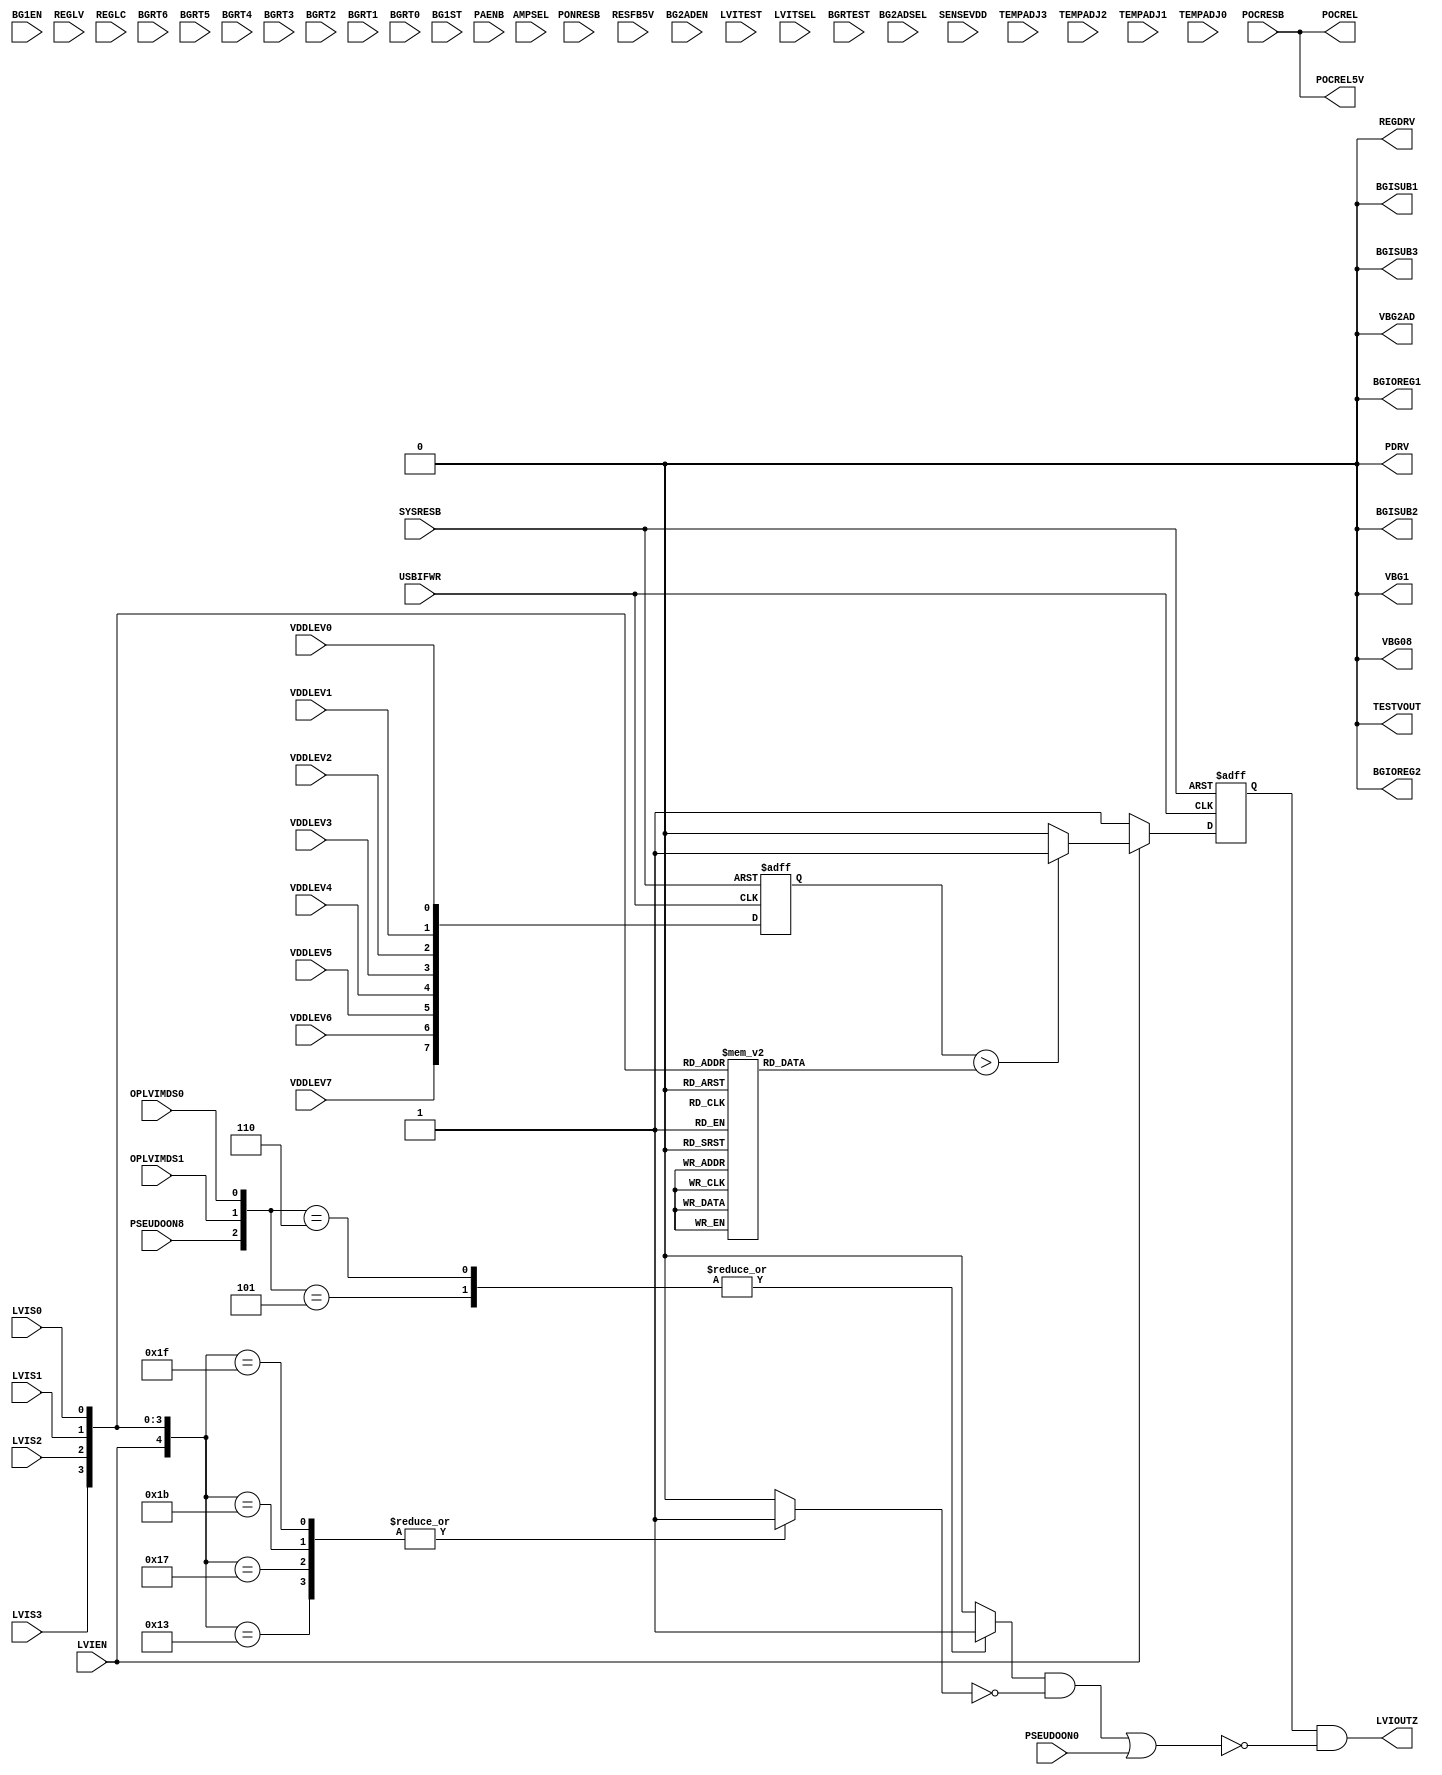
/************************************************************************/
/* Date		: 2010/02/03						*/
/* Version	: 1.0							*/
/* Designer	: Yuuji Ishiguro					*/
/* Note		: SS3rdpLVIH[LVI				*/
/************************************************************************/
/* updata								*/
/* Date		: 2010/02/10						*/
/* Version	: 1.1							*/
/* Note		: LVIo					*/
/* Designer	: Yuuji Ishiguro					*/
/************************************************************************/
/* Date		: 2010/04/16						*/
/* Version	: 1.2							*/
/* Designer	: T.Tsunoda						*/
/* Note		: EMacroXB(LVIDSS3RD -> QAHREGOHNMAINV1_ICE)	*/
/*		: E[qB(uMacro[qI	*/
/*		:   AuAMacrog[q	*/
/*		:   SB(Open or [q)			*/
/*		: ELVIoNoiseF/Fi}			*/
/*		: EPOC(ice.resetctl{Macrothrough)	*/
/************************************************************************/
/* Date		: 2010/06/23						*/
/* Version	: 2.3							*/
/* Designer	: Y.Ishiguro						*/
/* Note		: E[LVIdlXB(INT & RESET MODE)		*/
/*		: E[h					*/
/* 		: EMacroXB(QAHREGOHNMAINV1_ICE ->		*/
/*		:				QAHREGOHNMAINV1_ICE)	*/
/************************************************************************/
/* Date		: 2010/07/14						*/
/* Version	: 2.4							*/
/* Designer	: Y.Ishiguro						*/
/* Note		: E[qB(TEMPADJ3-0,AMPSEL,BGRTEST,TESTVOUT)	*/
/*		:   [qSTrimmingeXgp			*/
/************************************************************************/
/* Date		: 2010/07/27						*/
/* Version	: 2.5							*/
/* Designer	: Y.Ishiguro						*/
/* Note		: POCREL5V0POCRESBthroughXBport-iobuf	*/
/*		: RTBFG[qresetb Macro,resetbp	*/
/*		: POC ResetMPOCREL5VKvB		*/
/************************************************************************/
/* Date		: 2010/12/08						*/
/* Version	: 2.6							*/
/* Designer	: K.Hamada						*/
/* Note		: LVIodCT4{[h()B  */
/*              : 2.5CT3{[hTuningB                */
/************************************************************************/
// $Id$

module QAHREGOHNMAINV2_ICE (
	LVIS3, LVIS2, LVIS1, LVIS0, LVIEN, LVIOUTZ, POCREL,
	SYSRESB, POCRESB, VDDLEV7, VDDLEV6, VDDLEV5, VDDLEV4, VDDLEV3, VDDLEV2, VDDLEV1,
	VDDLEV0, USBIFWR, PSEUDOON0, PSEUDOON8, PONRESB, OPLVIMDS1, OPLVIMDS0,
	BG1EN, RESFB5V, REGLV, REGLC, BGRT6, BGRT5, BGRT4, BGRT3, BGRT2, BGRT1, BGRT0,
	BG1ST, BG2ADEN, BG2ADSEL, LVITEST, LVITSEL, PAENB, SENSEVDD,
	VBG1, VBG08, BGIOREG2, BGIOREG1, VBG2AD, BGISUB3, BGISUB2, BGISUB1,
	REGDRV, PDRV, POCREL5V, 
	TEMPADJ3, TEMPADJ2, TEMPADJ1, TEMPADJ0, AMPSEL, BGRTEST, TESTVOUT
	);

	input	LVIS3;		// LVIod				(from csc)
	input	LVIS2;		// LVIod				(from csc)
	input	LVIS1;		// LVIod				(from csc)
	input	LVIS0;		// LVIod				(from csc)
	input	LVIEN;		// LVIM				(from csc)
	output	LVIOUTZ;	// LVIo					(to nf)
	output	POCREL;		// POCo					(to nf)
	output	POCREL5V;	// POCo(5Vn)				(to resetb)
	/*--------------*/
	/* ICEpI/F	*/
	/*--------------*/
	input	SYSRESB;	// {macroF/FResetpB(POCor[qResetM)	(from csc)
	input	POCRESB;	// POC					(from ice(resctl))
	input	VDDLEV7;	// `bvd8bit A/D(bit7)		(from ice(host I/F))
	input	VDDLEV6;	// `bvd8bit A/D(bit6)		(from ice(host I/F))
	input	VDDLEV5;	// `bvd8bit A/D(bit5)		(from ice(host I/F))
	input	VDDLEV4;	// `bvd8bit A/D(bit4)		(from ice(host I/F))
	input	VDDLEV3;	// `bvd8bit A/D(bit3)		(from ice(host I/F))
	input	VDDLEV2;	// `bvd8bit A/D(bit2)		(from ice(host I/F))
	input	VDDLEV1;	// `bvd8bit A/D(bit1)		(from ice(host I/F))
	input	VDDLEV0;	// `bvd8bit A/D(bit0)		(from ice(host I/F))
	input	USBIFWR;	// SG2OoXI/FpNbN			(from ice(host I/F))
	input	PSEUDOON0;	// [LVIM(RESET MODE)			(from ice(pseudoemu))
	input	PSEUDOON8;	// [LVIM(INT & RESET MODE)		(from ice(pseudoemu))
	input	PONRESB;	// Power-ON ResetM				(from reset block)
	input	OPLVIMDS1;	// LVI[hM				(from ice())
	input	OPLVIMDS0;	// LVI[hM				(from ice())

	/*----------------------*/
	/* (gp[q)	*/
	/*----------------------*/
	input	BG1EN;		// CPBIASAMP EnableM			(from flash_cp)
	input	RESFB5V;	// ResetM					(from reset-buf)
	input	REGLV;		// REGod				(from csc)
	input	REGLC;		// d\				(from csc)
	input	BGRT6;		// BGR TrimmingM				(from cibc)
	input	BGRT5;		// BGR TrimmingM				(from cibc)
	input	BGRT4;		// BGR TrimmingM				(from cibc)
	input	BGRT3;		// BGR TrimmingM				(from cibc)
	input	BGRT2;		// BGR TrimmingM				(from cibc)
	input	BGRT1;		// BGR TrimmingM				(from cibc)
	input	BGRT0;		// BGR TrimmingM				(from cibc)
	input	BG1ST;		// CPBIASAMPM		(from flash_cp)
	input	BG2ADEN;	// A/DBIASAMP EnableM			(from adctl)
	input	BG2ADSEL;	// A/DBIASAMPoM			(from adctl)
	input	LVITEST;	// LVIeXg[h				(from csc)
	input	LVITSEL;	// LVIeXg[hoSelect		(from csc)
	input	PAENB;		// PchAVXg@\gpM		(from csc)
	input	SENSEVDD;	// REG FeedBackC				(to regd)
	input	TEMPADJ3;	// BGRoxTrimmingpM		(from cibc)
	input	TEMPADJ2;	// BGRoxTrimmingpM		(from cibc)
	input	TEMPADJ1;	// BGRoxTrimmingpM		(from cibc)
	input	TEMPADJ0;	// BGRoxTrimmingpM		(from cibc)
	input	AMPSEL;		// VBG2ADopM			(from pulldown)
	input	BGRTEST;	// TESTVOUTM				(from pulldown)
	/*----------------------*/
	/* o(gp[q)	*/
	/*----------------------*/
	output	VBG1;		// CPd(0.8V)				(to flash_cp)
	output	VBG08;		// 0.8V BGRdo				(to h_rosc)
	output	BGIOREG2;	// 32MOSCpd(TYP=50nA)			(to h_rosc)
	output	BGIOREG1;	// 32MOSCpd(TYP=50nA)			(to h_rosc)
	output	VBG2AD;		// A/Dd(1.4V)/xZT[o	(to adhard)
	output	BGISUB3;	// SubOSCpd(TYP=60nA)			(to oscsub)
	output	BGISUB2;	// SubOSCpd(TYP=30nA)			(to oscsub)
	output	BGISUB1;	// SubOSCpd(TYP=10nA)			(to oscsub)
	output	REGDRV;		// REGo					(to regd)
	output	PDRV;		// PchAVXgpM			(to regd)
	output	TESTVOUT;	// eXgpoM				(to open)

	// [V1.01]
	// 1. lvivolVMacrodlC
	// 1. LVIo-0.02V(olevel0.02V)
	reg [7:0]	lvivol;
	always @( LVIS3 or LVIS2 or LVIS1 or LVIS0 ) begin
		casex ( {LVIS3, LVIS2, LVIS1, LVIS0} ) //synopsys parallel_case

			//SG28bitA/Dl(VDDLEV7-0)rData (VDD/(5.5V/256))
			4'b0000    : lvivol = 8'b1000_0101 ; //2.87V()
			4'b0001    : lvivol = 8'b0101_0110 ; //1.85V()
			4'b0010    : lvivol = 8'b0101_0000 ; //1.74V()
			4'b0011    : lvivol = 8'b0100_1100 ; //1.64V()

			4'b0100    : lvivol = 8'b1000_1110 ; //3.07V()
			4'b0101    : lvivol = 8'b0101_1111 ; //2.05V()
			4'b0110    : lvivol = 8'b0101_1010 ; //1.95V()
			4'b0111    : lvivol = 8'b0101_0110 ; //1.85V()

			4'b1000    : lvivol = 8'b1010_1011 ; //3.68V()
			4'b1001    : lvivol = 8'b0111_1011 ; //2.66V()
			4'b1010    : lvivol = 8'b0111_0111 ; //2.56V()
			4'b1011    : lvivol = 8'b0111_0010 ; //2.46V()

			4'b1100    : lvivol = 8'b1011_1001 ; //3.99V()
			4'b1101    : lvivol = 8'b1000_1010 ; //2.97V()
			4'b1110    : lvivol = 8'b1000_0101 ; //2.87V()
			4'b1111    : lvivol = 8'b1000_0000 ; //2.76V()
		endcase
	end

	reg [7:0]	vddvol;
	always @( negedge SYSRESB or negedge USBIFWR ) begin
		if (!SYSRESB)
			vddvol <= 8'b1111_1111;
		else	vddvol <= { VDDLEV7, VDDLEV6, VDDLEV5, VDDLEV4,
				VDDLEV3, VDDLEV2, VDDLEV1, VDDLEV0 };
	end

	reg LVIOZ_pp;
	always @( LVIEN or vddvol or lvivol ) begin
		if (LVIEN) begin
			if (vddvol > lvivol)
				LVIOZ_pp <= 1'b1;
			else	LVIOZ_pp <= 1'b0;
		end
		else		LVIOZ_pp <= 1'b1;
	end

	// [V101] . N/FKv.
	//LVIP(lvivolerbgqQ)
	reg LVIOZ_p;
	always @( negedge SYSRESB or negedge USBIFWR ) begin
		if ( !SYSRESB )	LVIOZ_p <= 1'b1;
		else		LVIOZ_p <= LVIOZ_pp;
	end

	// [V101]
	// (1)LVIOZ_pp -> LVIOZ_p
	// (2)LVIOZNFP->LVIOUTZMX
	// [LVI
	// assign	LVIOUTZ = LVIOZ_p & ~PSEUDOON0;

	// [V103]
	// [LVI
	// [LVI(INT)sLVIodlB
	reg regst;
	always @(LVIEN or LVIS3 or LVIS2 or LVIS1 or LVIS0 ) begin
		casex ( {LVIEN,LVIS3, LVIS2, LVIS1, LVIS0} ) //synopsys parallel_case
		
			5'b10011 : regst =1'b1 ;
			5'b10111 : regst =1'b1 ;
			5'b11011 : regst =1'b1 ;
			5'b11111 : regst =1'b1 ;
 			default  : regst =1'b0 ;
		endcase
	end

	reg PSEUDOON8_m;
	always @( PSEUDOON8 or OPLVIMDS1 or OPLVIMDS0 ) begin
		casex ( {PSEUDOON8,OPLVIMDS1,OPLVIMDS0})

			3'b101 : PSEUDOON8_m = 1'b1 ;
			3'b110 : PSEUDOON8_m = 1'b1 ;
			default : PSEUDOON8_m = 1'b0 ;
		endcase
	end

	wire lvi_int;
	assign lvi_int = PSEUDOON8_m & ~regst;

	wire lvi_giji;
	assign	lvi_giji = lvi_int | PSEUDOON0;

	assign	LVIOUTZ = LVIOZ_p & ~lvi_giji;

//	N/F
//	reg [2:0] lvi;
//	always @(negedge USBIFWR or negedge SYSRESB) begin
//		if (!SYSRESB)	lvi <= 3'h7;
//		else		lvi <= { lvi[1], lvi[0] ,LVIOZ_pp };
//	end
	
//	reg LVIOZ;
//	always @(negedge USBIFWR) begin
//		if ((lvi[2]==LVIOZ_pp)&&(lvi[1]==LVIOZ_pp)&&(lvi[0]==LVIOZ_pp)) begin
//			LVIOZ <= lvi[2];
//		end
//	end

// [LVI
//	assign	LVIOZNFP = LVIOZ & ~PSEUDOON0;

//
// POC
//
	assign	POCREL = POCRESB;
	assign	POCREL5V = POCRESB;	// [V205]

//
// (gp[q)
//
	//BG1EN;		// from flash_cp
	//RESFB5V;		// reset-bufICE,
	//REGLV;		// from csc
	//REGLC;		// from csc
	//BGRT0;		// from cibc
	//BGRT1;		// from cibc
	//BGRT2;		// from cibc
	//BGRT3;		// from cibc
	//BGRT4;		// from cibc
	//BGRT5;		// from cibc
	//BGRT6;		// from cibc
	//BG1ST;		// from flash_cp
	//BG2ADEN;		// from adctl
	//BG2ADSEL;		// from adctl
	//LVITEST;		// from csc
	//LVITSEL;		// from csc
	//PAENB;		// from csc
	//SENSEVDD;		// from regd
	//TEMPADJ3;		// from cibc
	//TEMPADJ2;		// from cibc
	//TEMPADJ1;		// from cibc
	//TEMPADJ0;		// from cibc
	//AMPSEL;		// from flash_cp
	//BGRTEST;		//

//
// o(gp[q)
//
	assign	VBG1 = 1'b0;		// to flash_cp
	assign	VBG08 = 1'b0;		// to h_rosc
	assign	BGIOREG1 = 1'b0;	// to h_rosc
	assign	BGIOREG2 = 1'b0;	// to h_rosc
	assign	VBG2AD = 1'b0;		// adhardICE,oOpen
	assign	BGISUB1 = 1'b0;		// to oscsub
	assign	BGISUB2 = 1'b0;		// to oscsub
	assign	BGISUB3 = 1'b0;		// to oscsub
	assign	REGDRV = 1'b0;		// regdICE,oOpen
	assign	PDRV = 1'b0;		// regdICE,oOpen
	assign	TESTVOUT = 1'b0;	// oMICEgpoOpenB

endmodule